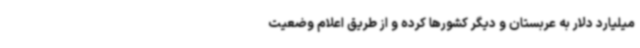
میلیارد دلار به عربستان و دیگر کشورها کرده و از طریق اعلام وضعیت